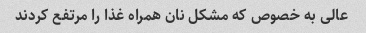
عالی به خصوص که مشکل نان همراه غذا را مرتفع کردند